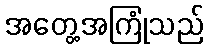
အတွေ့အကြုံသည်